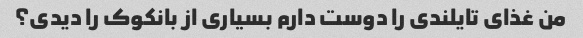
من غذای تایلندی را دوست دارم بسیاری از بانکوک را دیدی؟